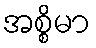
အစ္စိမာ